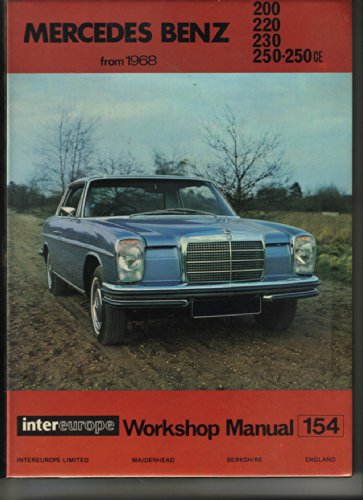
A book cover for Mercedes-Benz 220,230 and 250 Workshop Manual ([Intereurope workshop manual); Roy Newton; Crafts, Hobbies & Home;